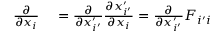
\begin{array} { r l } { \frac { \partial } { \partial x _ { i } } } & { { } = \frac { \partial } { \partial x _ { i ^ { \prime } } ^ { \prime } } \frac { \partial x _ { i ^ { \prime } } ^ { \prime } } { \partial x _ { i } } = \frac { \partial } { \partial x _ { i ^ { \prime } } ^ { \prime } } F _ { i ^ { \prime } i } } \end{array}